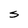
Character: S